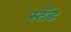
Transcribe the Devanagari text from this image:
स्‍टॅड